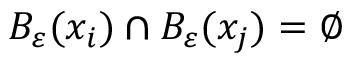
B _ { \varepsilon } ( x _ { i } ) \cap B _ { \varepsilon } ( x _ { j } ) = \varnothing